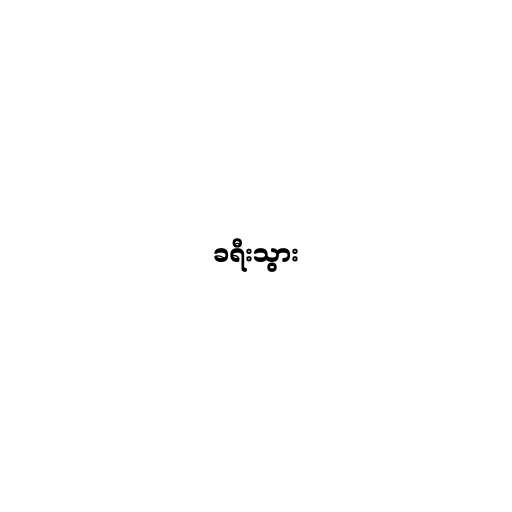
ခရီးသွား